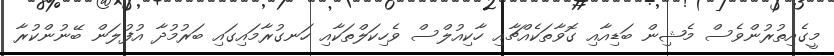
މީގެއިތުރުންވެސް މެޝިން ބަޑިއާއި ގޮވާތަކެއްޗާއި ހާކިއުލްސް ވެހިކަލްތަކާއި ހަނގުރާމައިގައި ބަރުމުދާ އުފުލަން ބޭނުންކުރާ